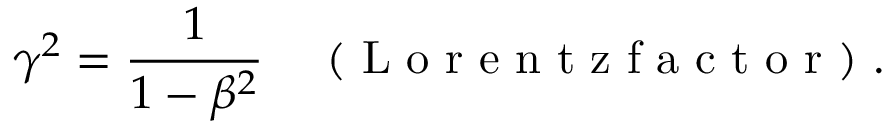
\gamma ^ { 2 } = \frac { 1 } { 1 - \beta ^ { 2 } } \enspace \enspace \mathrm { ~ ( ~ L ~ o ~ r ~ e ~ n ~ t ~ z ~ f ~ a ~ c ~ t ~ o ~ r ~ ) ~ } .